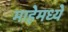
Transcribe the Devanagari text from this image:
माहेमध्ये